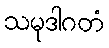
သမုဒါဂတံ